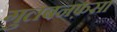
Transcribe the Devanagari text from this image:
गुलबनफ़सा